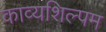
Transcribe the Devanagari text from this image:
काव्यशिल्पम